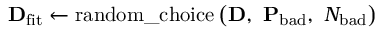
\mathbf { D } _ { \mathrm { f i t } } \leftarrow \mathrm { r a n d o m { \_ } c h o i c e } \left( \mathbf { D } , \ \mathbf { P } _ { \mathrm { b a d } } , \ N _ { \mathrm { b a d } } \right)